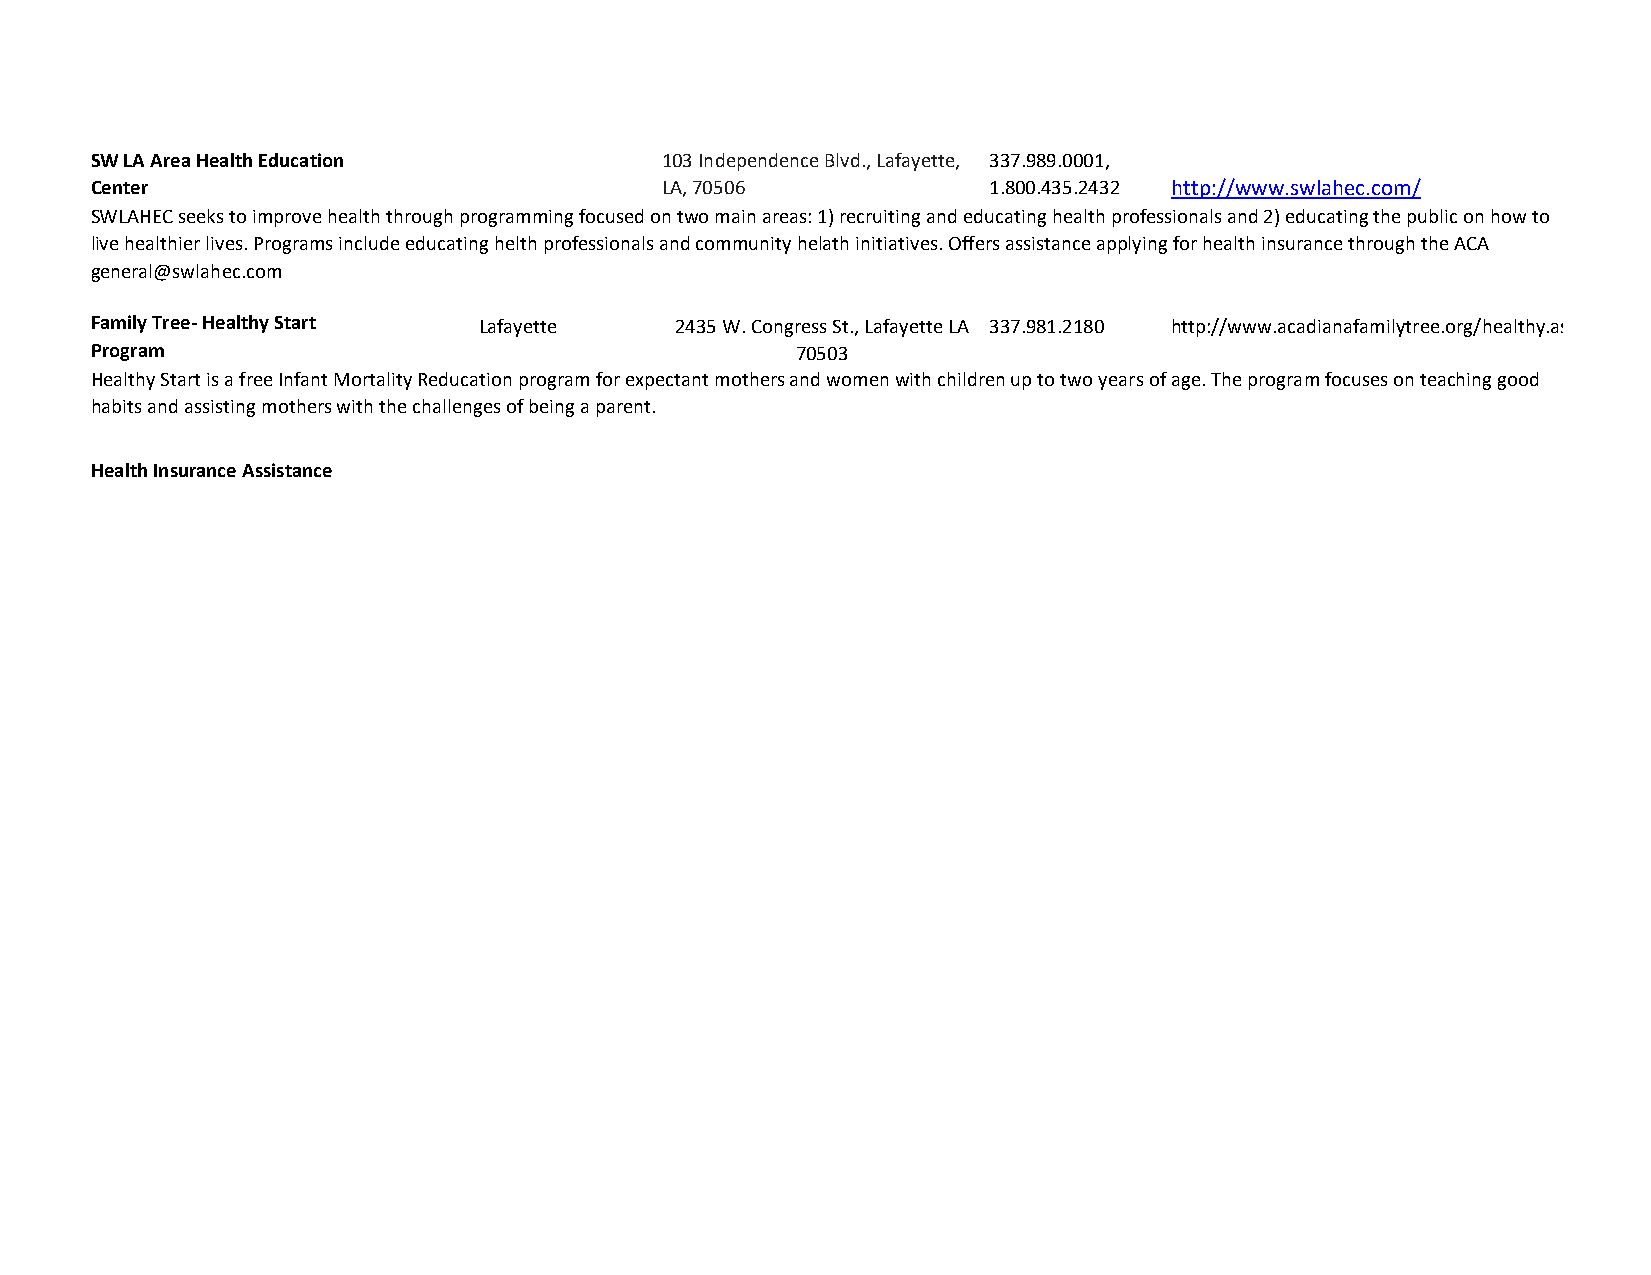
SW LA Area Health Education           103 Independence Blvd., Lafayette, 337.989.0001,
 Center                                LA, 70506            1.800.435.2432 http://www.swlahec.com/
 SWLAHEC seeks to improve health through programming focused on two main areas: 1) recruiting and educating health professionals and 2) educating the public on how to
 live healthier lives. Programs include educating helth professionals and community helath initiatives. Offers assistance applying for health insurance through the ACA
 general@swlahec.com
 Family Tree- Healthy Start Lafayette   2435 W. Congress St., Lafayette LA 337.981.2180 http://www.acadianafamilytree.org/healthy.asp
 Program                                        70503
 Healthy Start is a free Infant Mortality Reducation program for expectant mothers and women with children up to two years of age. The program focuses on teaching good
 habits and assisting mothers with the challenges of being a parent.
 Health Insurance Assistance